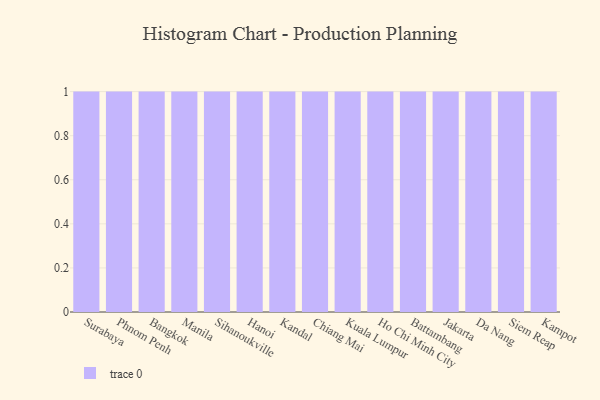
{"axis": {"x": "City", "y": "Operating Costs (USD K)"}, "legend": [""], "data": [{"x": "Surabaya", "y": 24, "type": ""}, {"x": "Phnom Penh", "y": 1, "type": ""}, {"x": "Bangkok", "y": 10, "type": ""}, {"x": "Manila", "y": 4, "type": ""}, {"x": "Sihanoukville", "y": 18, "type": ""}, {"x": "Hanoi", "y": 12, "type": ""}, {"x": "Kandal", "y": 32, "type": ""}, {"x": "Chiang Mai", "y": 100, "type": ""}, {"x": "Kuala Lumpur", "y": 25, "type": ""}, {"x": "Ho Chi Minh City", "y": 44, "type": ""}, {"x": "Battambang", "y": 87, "type": ""}, {"x": "Jakarta", "y": 37, "type": ""}, {"x": "Da Nang", "y": 48, "type": ""}, {"x": "Siem Reap", "y": 93, "type": ""}, {"x": "Kampot", "y": 36, "type": ""}]}